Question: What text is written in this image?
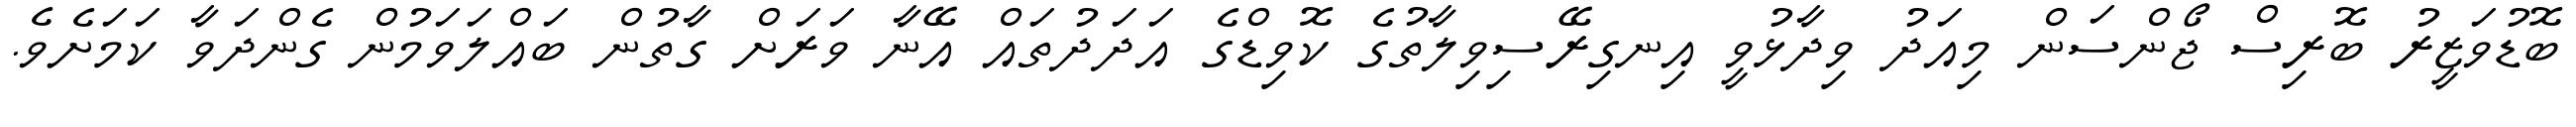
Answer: ބޮޑުވަޒީރު ބޮރިސް ޖޯންސަން މިއަދު ވިދާޅުވީ އިނގިރޭސިވިލާތުގެ ކޮވިޑްގެ އަދަދުތައް އޭނާ ވަރަށް ގާތުން ބައްލަވަމުން ގެންދަވާ ކަމަށެވެ.